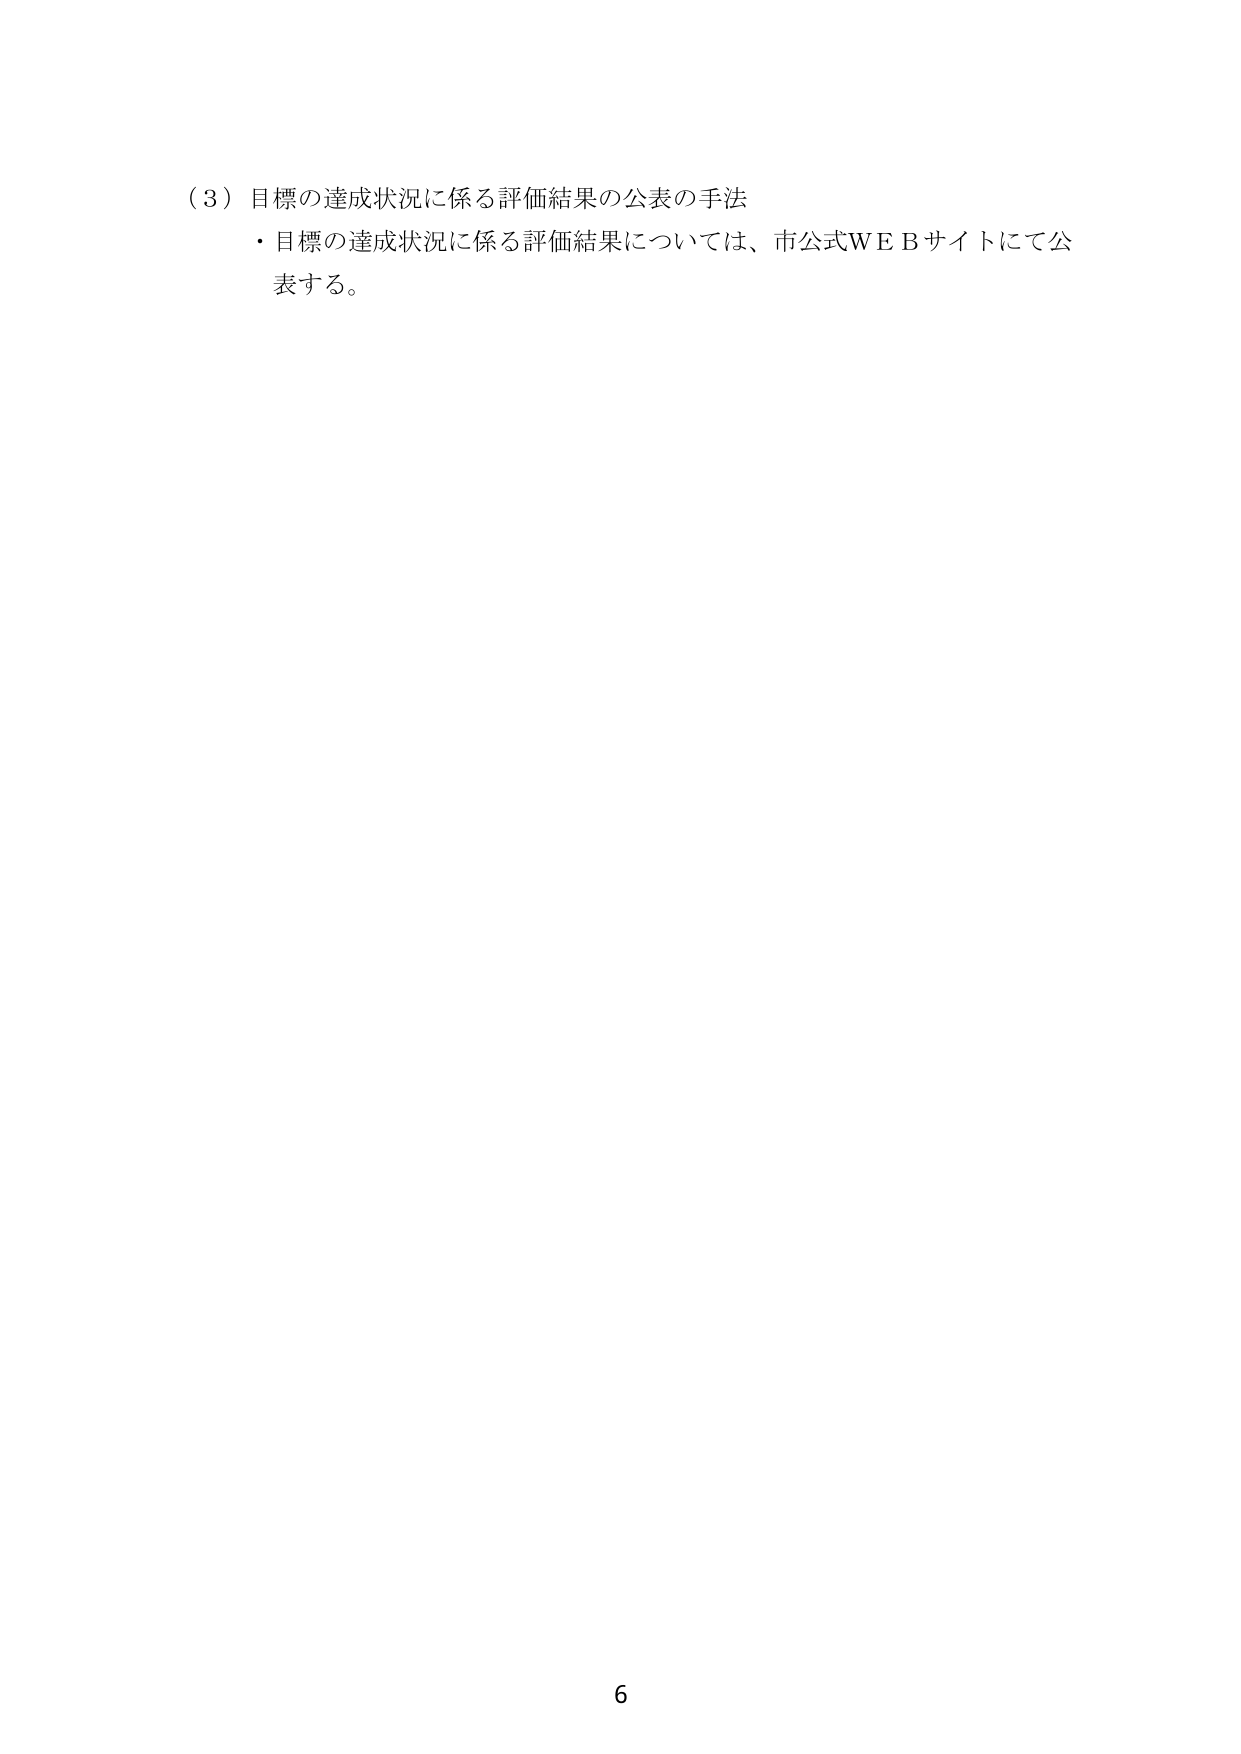
（３）目標の達成状況に係る評価結果の公表の手法
・目標の達成状況に係る評価結果については、市公式ＷＥＢサイトにて公表する。

6